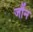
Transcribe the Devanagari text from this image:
जौंन